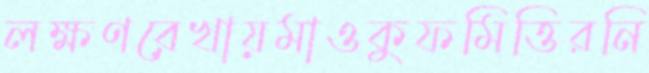
লক্ষণরেখায়মাওকুফমিত্তিরনি